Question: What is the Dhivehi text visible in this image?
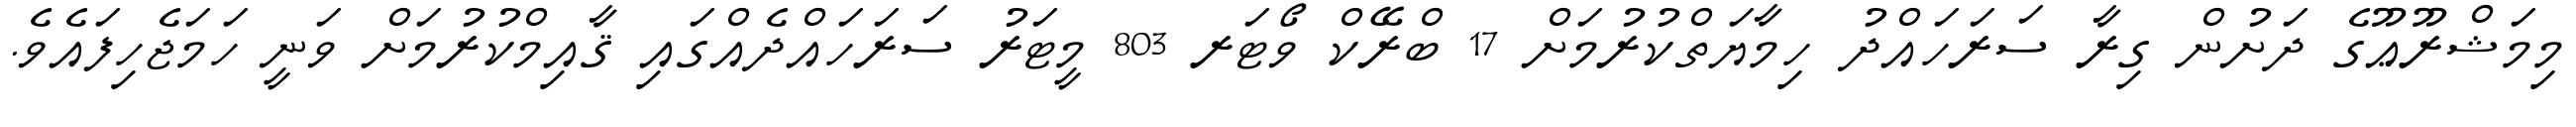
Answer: މިމަޝްރޫޢޫގެ ދަށުން ގިރާ ސަރަހައްދު ހިމާޔަތްކުރުމަށް 17 ބްރޭކް ވޯޓަރ 803 މީޓަރު ސަރަހައްދެއްގައި ޤާއިމްކުރުމަށް ވަނީ ހަމަޖެހިފައެވެ.